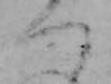
つ